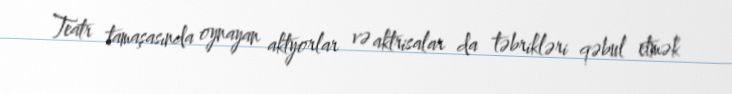
Teatr tamaşasında oynayan aktyorlar və aktrisalar da təbrikləri qəbul etmək